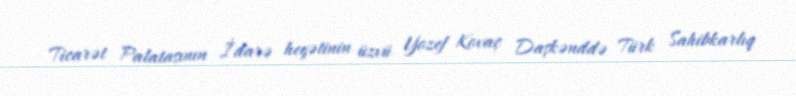
Ticarət Palatasının İdarə heyətinin üzvü Yozef Kovaç Daşkənddə Türk Sahibkarlıq